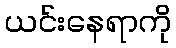
ယင်းနေရာကို